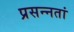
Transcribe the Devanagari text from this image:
प्रसन्नतां